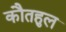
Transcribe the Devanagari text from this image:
कौतहुल